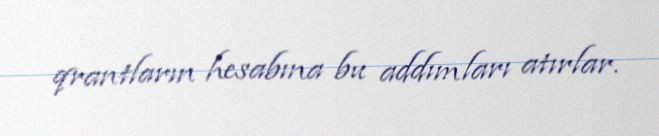
qrantların hesabına bu addımları atırlar.